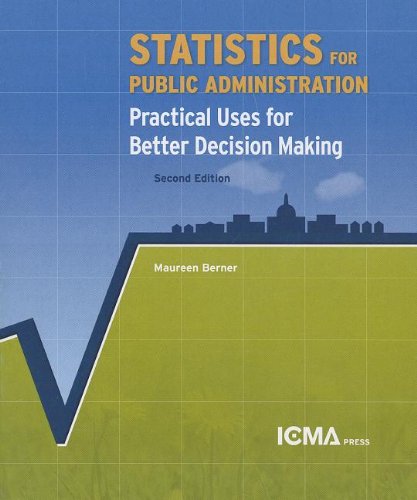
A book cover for Statistics for Public Administration: Practical Uses for Better Decision Making; Maureen Bemer; Business & Money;